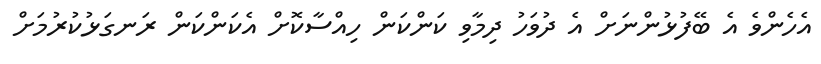
އެހެންވެ އެ ބޭފުޅުންނަށް އެ ދުވަހު ދިމާވި ކަންކަން ހިއްސާކޮށް އެކަންކަން ރަނގަޅުކުރުމަށް